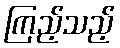
ကြည့်သည့်